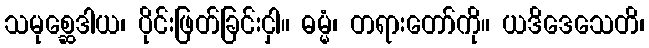
သမုစ္ဆေဒါယ၊ ပိုင်းဖြတ်ခြင်းငှါ။ ဓမ္မံ၊ တရားတော်ကို။ ယဒိဒေသေတိ၊